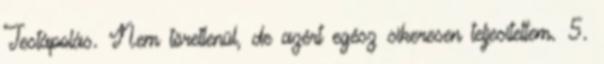
Testápolás. Nem töretlenül, de azért egész sikeresen teljesítettem. 5.